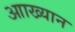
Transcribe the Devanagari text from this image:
आाख्यान